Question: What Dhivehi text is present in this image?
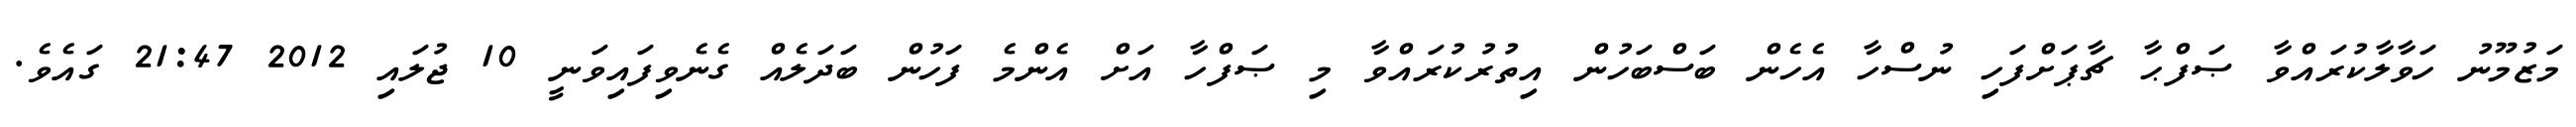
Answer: މަޒުމޫނު ހަވާލާކުރައްވާ ޞަފްޙާ ޗާޕަށްފަހި ނުސްހާ އެހެން ބަސްބަހުން އިތުރުކުރައްވާ މި ޞަފްހާ އަށް އެންމެ ފަހުން ބަދަލެއް ގެނެވިފައިވަނީ 10 ޖުލައި 2012 21:47 ގައެވެ.